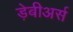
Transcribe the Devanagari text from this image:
ड़ेबीअर्स